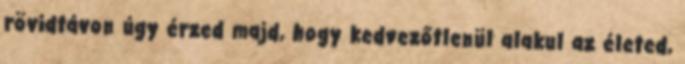
rövidtávon úgy érzed majd, hogy kedvezőtlenül alakul az életed,